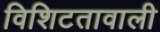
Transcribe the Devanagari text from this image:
विशिटतावाली